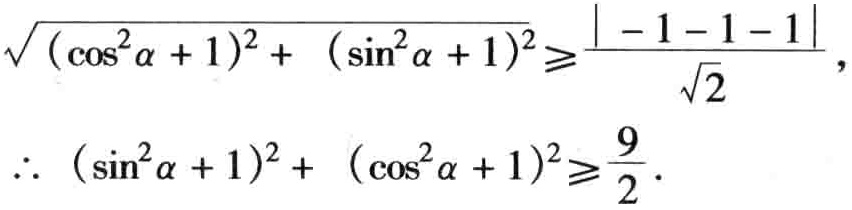
\[\sqrt{(\cos^{2}\alpha + 1)^{2}+ (\sin^{2}\alpha + 1)^{2}}\geqslant\frac{\vert - 1 - 1 - 1\vert}{\sqrt{2}}, \]
\[\therefore (\sin^{2}\alpha + 1)^{2}+ (\cos^{2}\alpha + 1)^{2}\geqslant\frac{9}{2}. \]